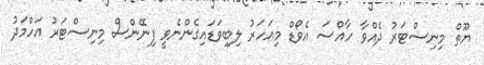
ޔޫތް މިނިސްޓަރު ދެއްވާ ހާއްސަ އެވޯޑް މިއަހަރު ލިބިވަޑައިގެންނެވީ ފިނޭންސް މިނިސްޓަރު އަހްމަދު